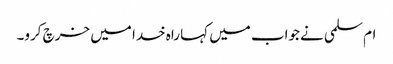
ام‌سلمی نے جواب میں کہا راہ خدا میں خرچ کرو۔